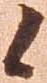
候